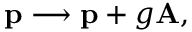
{ \bf p } \longrightarrow { \bf p } + g { \bf A } ,